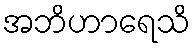
အဘိဟာရေသိ